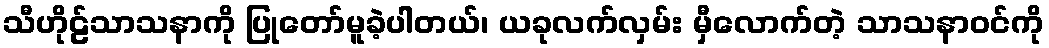
သီဟိုဠ်သာသနာကို ပြုတော်မူခဲ့ပါတယ်၊ ယခုလက်လှမ်း မှီလောက်တဲ့ သာသနာဝင်ကို